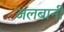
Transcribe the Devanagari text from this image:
जलबानी